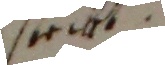
seit